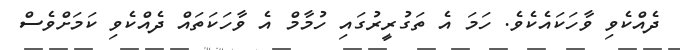
ދެއްކެވި ވާހަކައެކެވެ. ހަމަ އެ ތަގުރީރުގައި ހުމާމް އެ ވާހަަކަތައް ދެއްކެވި ކަމަށްވެސް